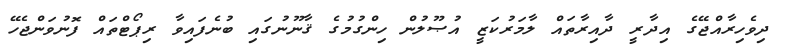
ދިވެހިރާއްޖޭގެ އިދާރީ ދާއިރާތައް ލާމަރުކަޒީ އުޞޫލުން ހިންގުމުގެ ޤާނޫނުގައި ބުނެފައިވާ ރިޕޯޓްތައް ފޮނުވަންޖެހޭ